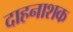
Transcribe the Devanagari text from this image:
दाहनाशक